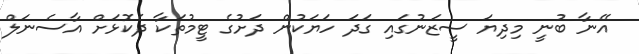
އޭނާ ބުނީ މިދިޔަ ސީޒަނުގައި ގަދަ ހަޔަކުން ދަށުގެ ޓީމުތަކާ ދެކޮޅަށް އާސެނަލް